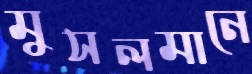
মুসলমানে